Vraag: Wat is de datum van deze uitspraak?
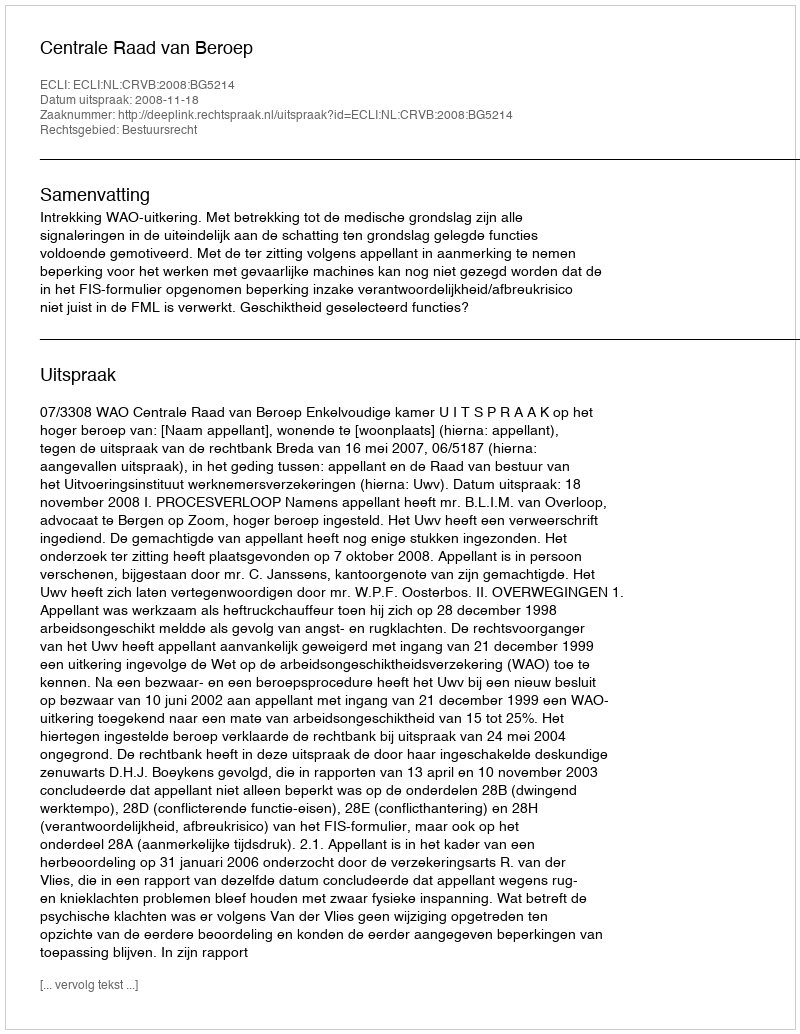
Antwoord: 2008-11-18